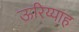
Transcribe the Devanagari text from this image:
ऊरिय्याह